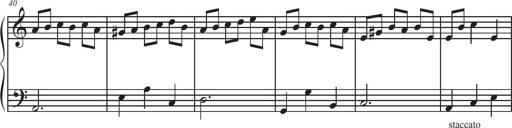
Title: Sonatina Espania
Composer: Jerald Franklin Archer
Key: Various